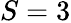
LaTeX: S=3